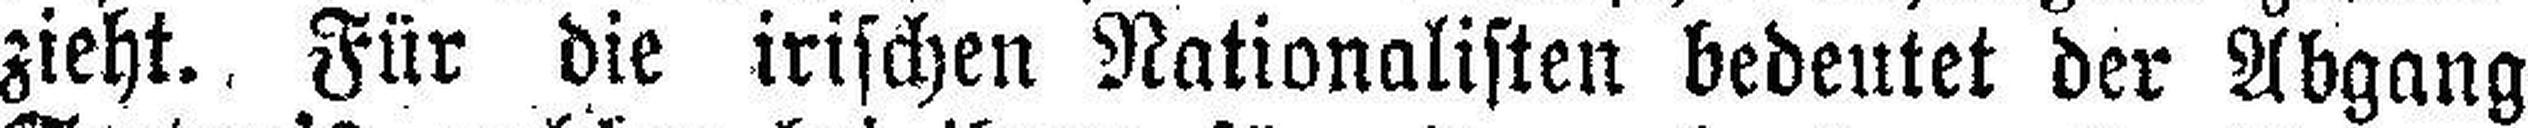
zieht. Für die irischen Nationalisten bedeutet der Abgang